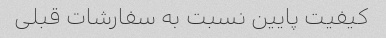
کیفیت پایین نسبت به سفارشات قبلی